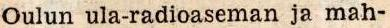
Oulun ula-radioaseman ja mah-